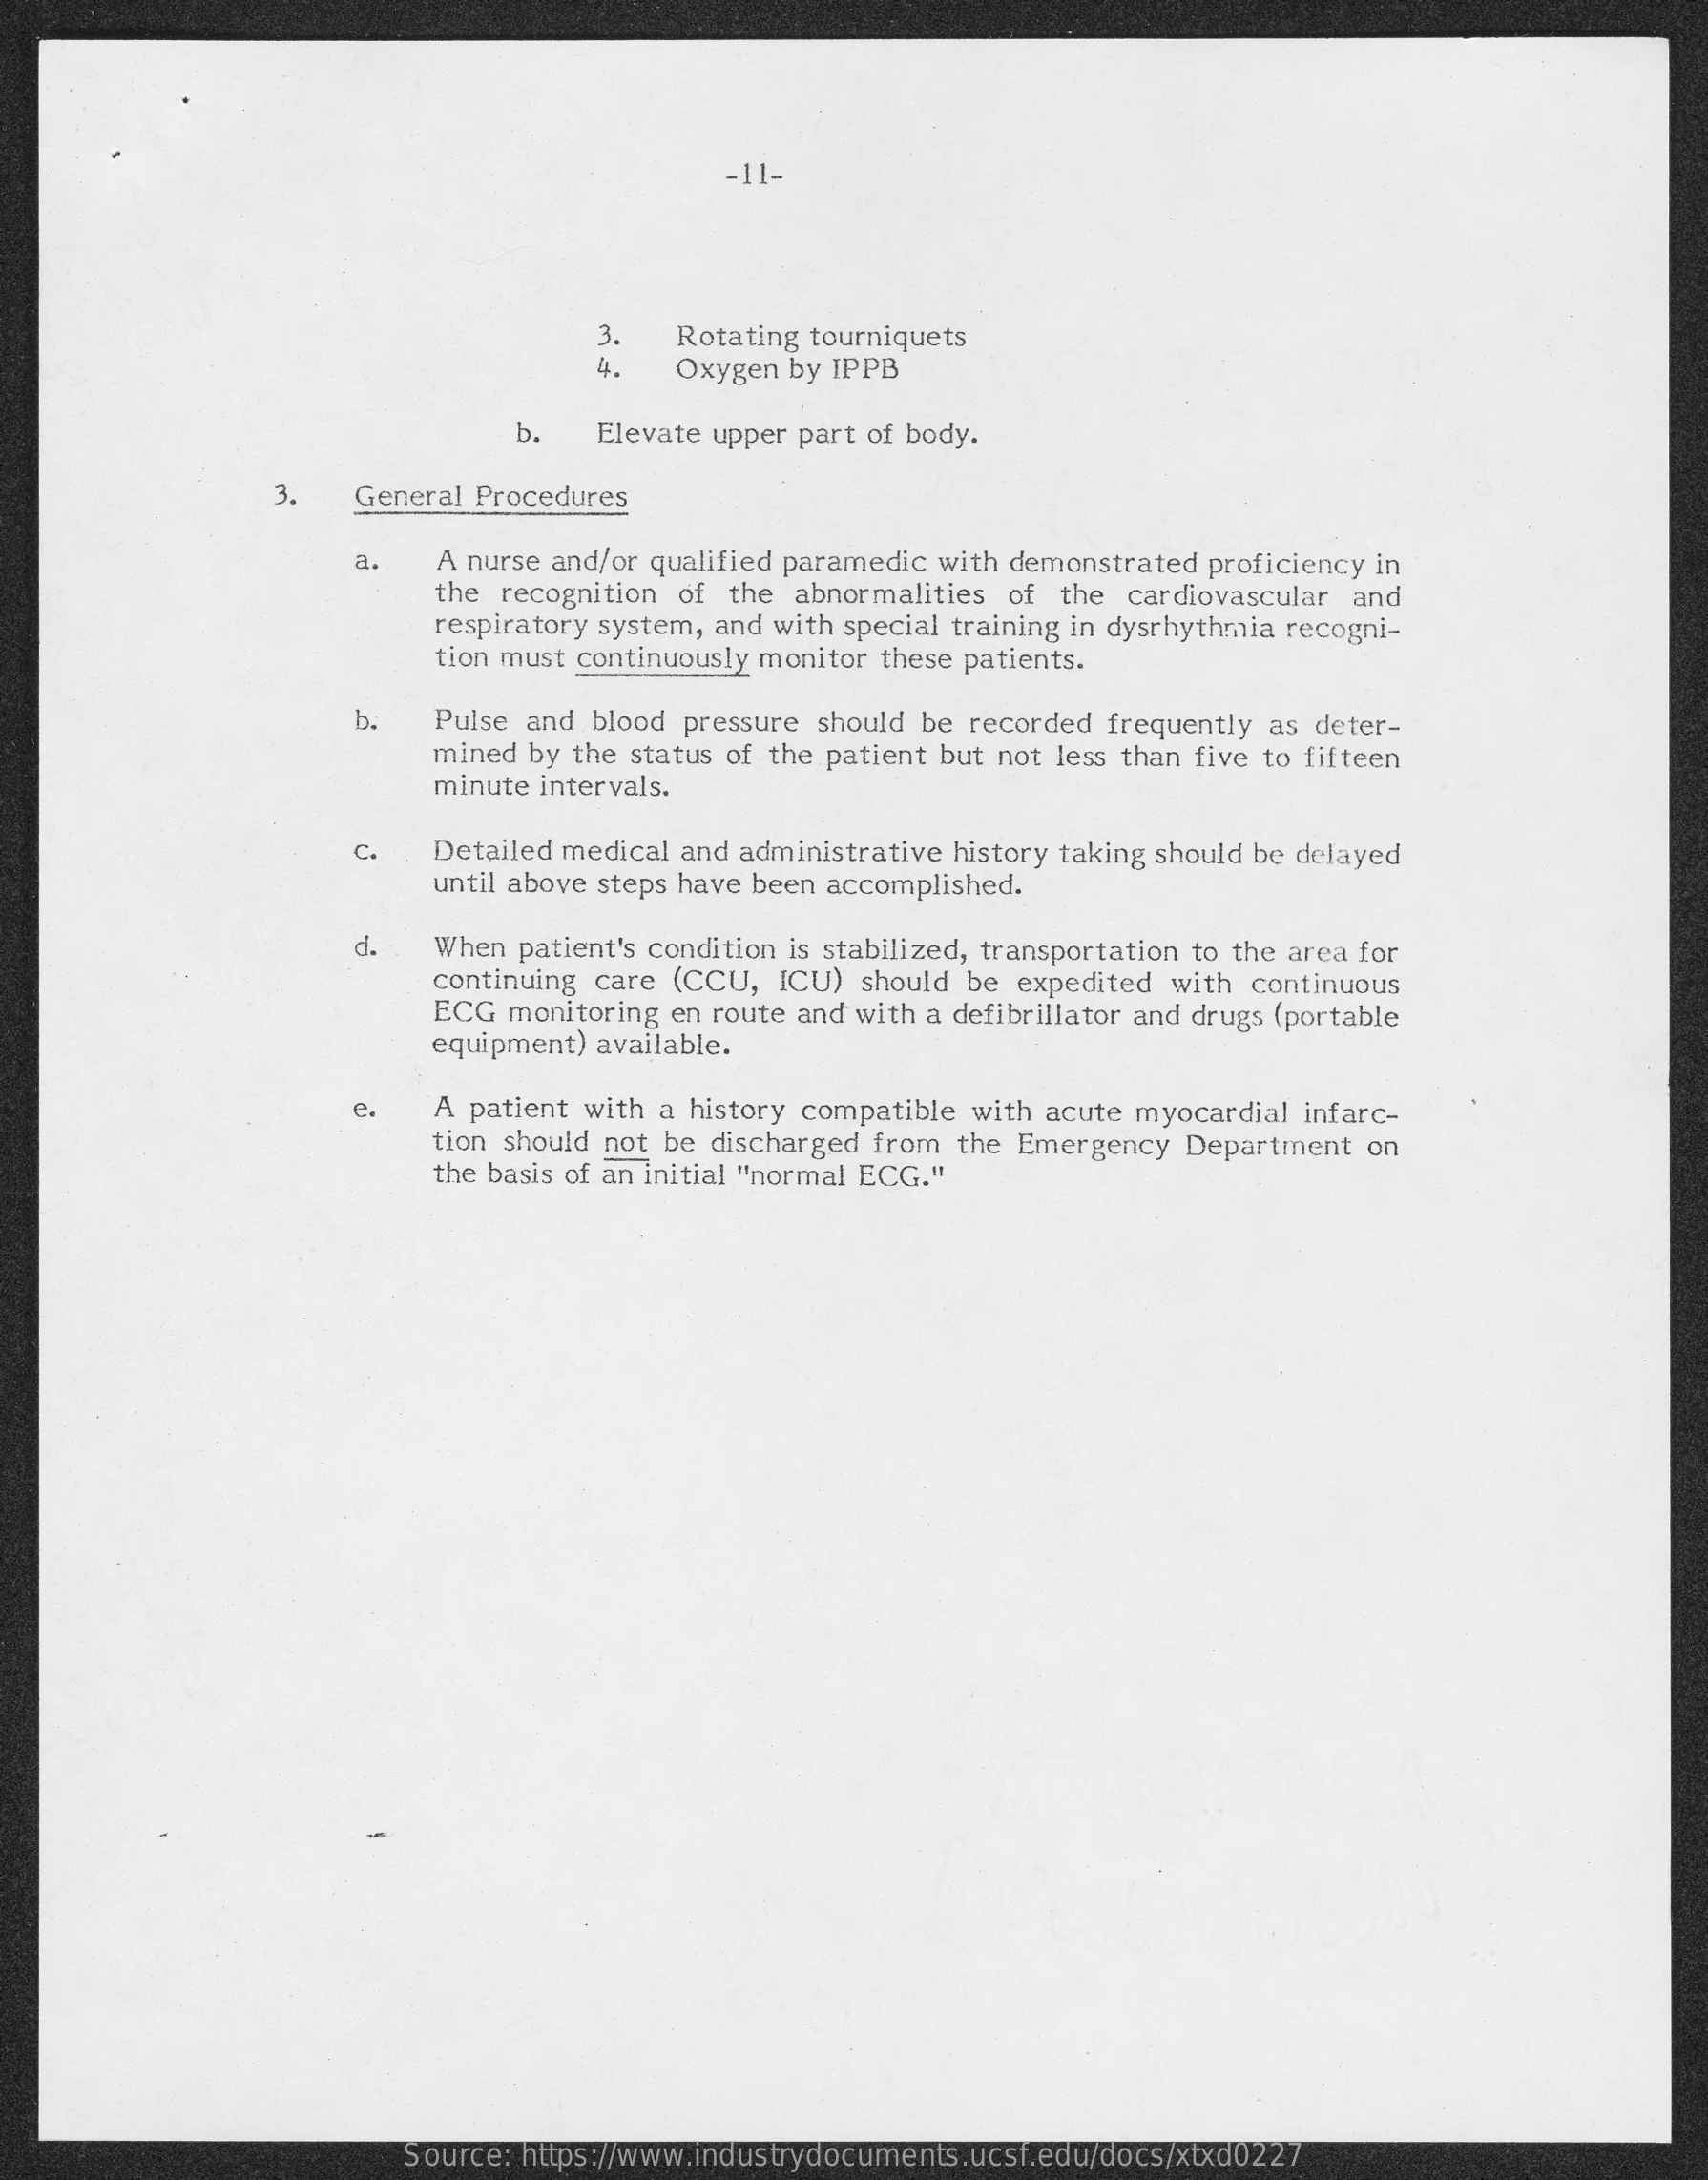
-11-
     3.   Rotating tourniquets
     4.   Oxygen by IPPB
     b.   Elevate upper part of body.
     3.  General Procedures
     a.  A nurse and/or qualified paramedic with demonstrated proficiency in
     the recognition of the abnormalities of the cardiovascular and
     respiratory system, and with special training in dysrhythmia recogni-
     tion must continuously monitor these patients.
     b.  Pulse and blood pressure should be recorded frequently as deter-
     mined by the status of the patient but not less than five to fifteen
     minute intervals.
     C.  Detailed medical and administrative history taking should be delayed
     until above steps have been accomplished.
     d.  When patient's condition is stabilized, transportation to the area for
     continuing care (CCU, ICU) should be expedited with continuous
     ECG monitoring en route and with a defibrillator and drugs (portable
     equipment) available.
     e.   A patient with a history compatible with acute myocardial infarc-
     tion should not be discharged from the Emergency Department on
     the basis of an initial "normal ECG."
     Source: https://www.industrydocuments.ucsf.edu/docs/xtxd0227